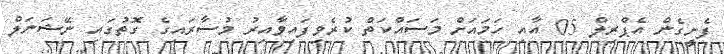
ފެށީގެން އެޕްރިލް 05 އާއި ހަމަައަށް މަސައްކަތް ކުރެވިފައިވާއިރު މުސާރައިގެ ގޮތުގައި ނޭޝަނަލް